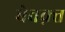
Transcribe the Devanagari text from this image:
बेवक़्त